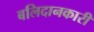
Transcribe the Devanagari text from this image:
बलिदानकारी